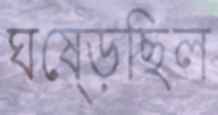
ঘষ্‌ড়েছিল